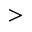
>